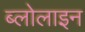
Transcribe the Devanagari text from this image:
ब्लोलाइन